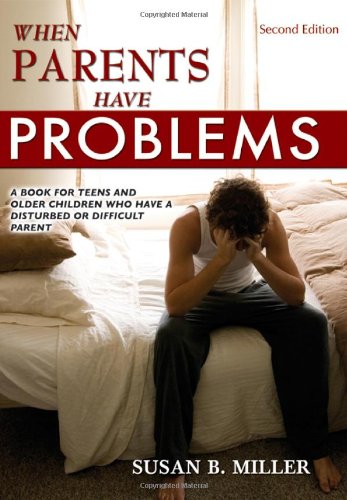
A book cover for When Parents Have Problems: A Book for Teens and Older Children Who Have a Disturbed or Difficult Parent; Susan B.; Teen & Young Adult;